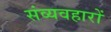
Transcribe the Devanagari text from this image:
संव्यवहारों